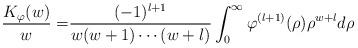
LaTeX: \begin{align*}\frac{K_\varphi(w)}{w}=&\frac{(-1)^{l+1}}{w(w+1)\cdots(w+l)}\int_0^\infty\varphi^{(l+1)}(\rho)\rho^{w+l}d\rho \end{align*}